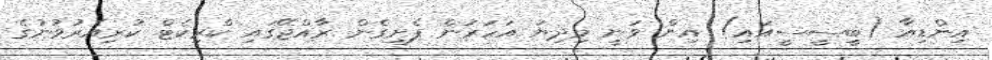
އިންޑިއާ (ބީސީސީއައި) އިން ވަނީ މިދިޔަ އަހަރުން ފެށިގެން ރާއްޖޭގައި ކްރިކެޓް ކުރިއެރުވުނުގެ